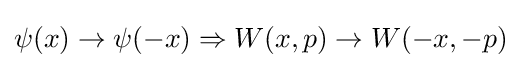
\psi (x)\to \psi (-x)\Rightarrow W(x,p)\to W(-x,-p)